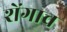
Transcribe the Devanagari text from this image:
शेंगाच